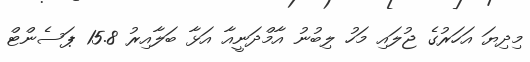
މިދިޔަ އަހަރުގެ ޖުލައި މަހު ލިބުނު އާމްދަނީއާ އަޅާ ބަލާއިރު 15.8 ޕަސެންޓް